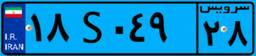
۸۸S۴۱۵۰۴